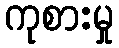
ကုစားမှု